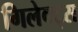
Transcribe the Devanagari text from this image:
गिलेक्ट्स